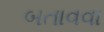
બતાવવા